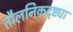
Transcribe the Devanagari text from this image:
तौलनिकदृष्ट्या